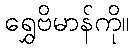
ရွှေဗိမာန်ကို။